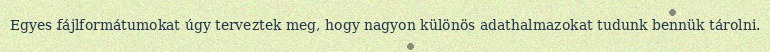
Egyes fájlformátumokat úgy terveztek meg, hogy nagyon különös adathalmazokat tudunk bennük tárolni.